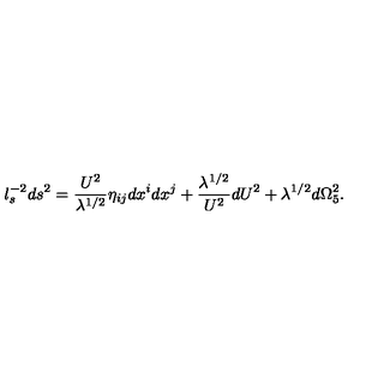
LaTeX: l _ { s } ^ { - 2 } d s ^ { 2 } = { \frac { U ^ { 2 } } { \lambda ^ { 1 / 2 } } } \eta _ { i j } d x ^ { i } d x ^ { j } + { \frac { \lambda ^ { 1 / 2 } } { U ^ { 2 } } } d U ^ { 2 } + \lambda ^ { 1 / 2 } d \Omega _ { 5 } ^ { 2 } .